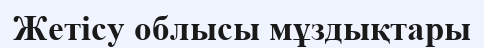
Жетісу облысы мұздықтары